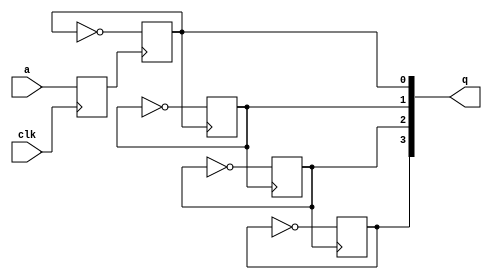
`timescale 1ns / 1ps
module d_ff(
	input clk,
	input wire a,
	output reg[3:0] q
);
	reg x;
	always @(negedge clk) x <= a;
	always @(negedge x) q[0] <= !q[0];
	always @(negedge q[0])q[1] <= !q[1];
	always @(negedge q[1])q[2] <= !q[2];
	always @(negedge q[2])q[3] <= !q[3];
endmodule